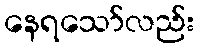
နေရသော်လည်း